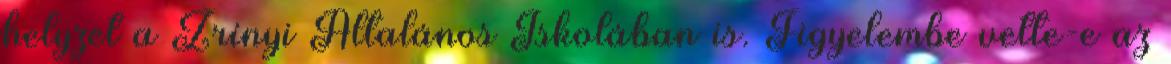
helyzet a Zrínyi Általános Iskolában is. Figyelembe vette-e az